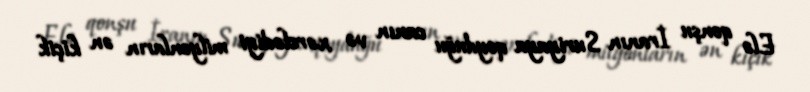
Elə qonşu İranın Suriyaya qoyduğu canın və xərclədiyi milyonların ən kiçik